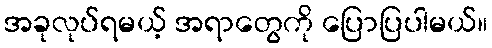
အခုလုပ်ရမယ့် အရာတွေကို ပြောပြပါမယ်။